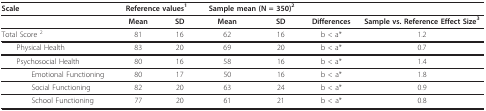
<table><thead><tr><td><b>Scale</b></td><td colspan="2"><b>Reference values<sup>1</sup></b></td><td colspan="2"><b>Sample mean (N = 350)<sup>2</sup></b></td><td></td><td></td></tr></thead><tbody><tr><td></td><td><b>Mean</b></td><td><b>SD</b></td><td><b>Mean</b></td><td><b>SD</b></td><td><b>Differences</b></td><td><b>Sample vs. Reference Effect Size</b><sup><b>3</b></sup></td></tr><tr><td>Total Score <sup>2</sup></td><td>81</td><td>16</td><td>62</td><td>16</td><td>b &lt; a*</td><td>1.2</td></tr><tr><td> Physical Health</td><td>83</td><td>20</td><td>69</td><td>20</td><td>b &lt; a*</td><td>0.7</td></tr><tr><td> Psychosocial Health</td><td>80</td><td>16</td><td>58</td><td>16</td><td>b &lt; a*</td><td>1.4</td></tr><tr><td>Emotional Functioning</td><td>80</td><td>17</td><td>50</td><td>16</td><td>b &lt; a*</td><td>1.8</td></tr><tr><td>Social Functioning</td><td>82</td><td>20</td><td>63</td><td>24</td><td>b &lt; a*</td><td>0.9</td></tr><tr><td>School Functioning</td><td>77</td><td>20</td><td>61</td><td>21</td><td>b &lt; a*</td><td>0.8</td></tr></tbody></table>